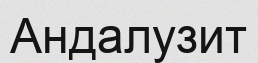
Андалузит